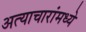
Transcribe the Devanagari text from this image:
अत्याचारांमध्ये